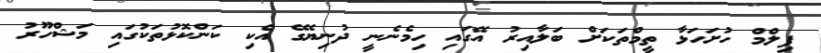
ފިލްމް ހުށަހަޅާ ތީމްތަކަށް ބަލާއިރު އޭގައި ހިމެނެނީ ދުނިޔޭގެ އެކި ކަންކޮޅުތަކުގައި މަޝްހޫރު